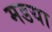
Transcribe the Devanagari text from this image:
मडया